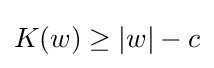
K(w)\geq |w|-c